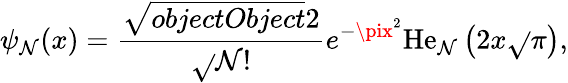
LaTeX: \psi_{\mathcal{N}}(x)={\frac{{\sqrt{{{objectObject}}}{{2}}}}{{\sqrt{}{{\mathcal{N}!}}}}}e^{-\pix^{2}}\mathrm{{He}}_{\mathcal{N}}\left(2x{\sqrt{}{{\pi}}}\right),